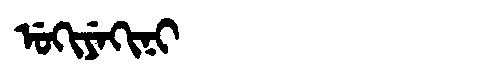
Manchu: ᡠᡴᡳᠶᡝᡴᡳᠨᡳ
Romanization: UKIYEKINI